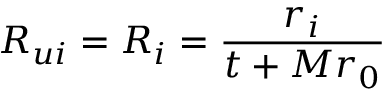
R _ { u i } = R _ { i } = \frac { r _ { i } } { t + M r _ { 0 } }